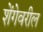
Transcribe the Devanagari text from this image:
शेंगेवरील